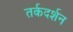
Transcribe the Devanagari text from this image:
तर्कदर्शन